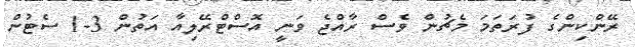
ރޭންކިންގެ ފުރަތަމަ މެޗުން ވެސް ރާއްޖެ ވަނީ އޮސްޓްރޭލިއާ އަތުން 3-1 ސެޓުން